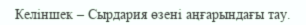
Келіншек – Сырдария өзені аңғарындағы тау.